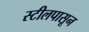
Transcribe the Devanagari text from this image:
स्टीलपासून